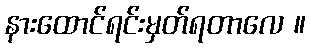
နားထောင်ရင်းမှတ်ရတာလေ ။